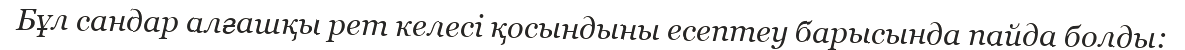
Бұл сандар алғашқы рет келесі қосындыны есептеу барысында пайда болды: